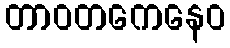
တာဝတကေနေဝ